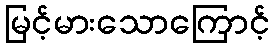
မြင့်မားသောကြောင့်